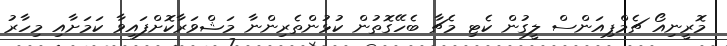
މޮރީނިއޯ ޗެމްޕިއަންސް ލީގުން ކެޓި މެޗާ ބެހޭގޮތުން ކުޅުންތެރިންނާ މަޝްވަރާކޮށްފައިވާ ކަމަށާއި މިހާރު